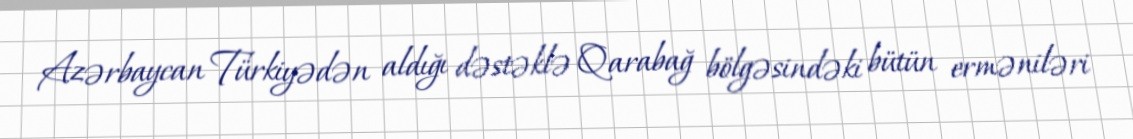
Azərbaycan Türkiyədən aldığı dəstəklə Qarabağ bölgəsindəki bütün erməniləri